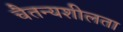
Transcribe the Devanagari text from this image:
चैतन्यशीलता